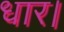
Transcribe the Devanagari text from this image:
धार।